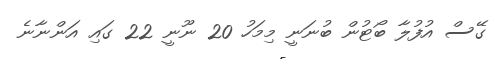
ގޭސް އުފުލާ ބޯޓުން ބުނަނީ މިމަހު 20 ނޫނީ 22 ގައި އަންނާނެ